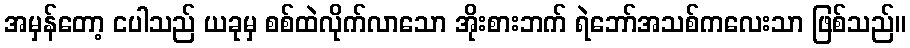
အမှန်တော့ ငပါသည် ယခုမှ စစ်ထဲလိုက်လာသော အိုးစားဘက် ရဲဘော်အသစ်ကလေးသာ ဖြစ်သည်။